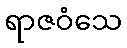
ရာဇဝံသေ